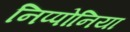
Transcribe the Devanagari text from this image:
निप्पोनिया